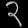
Digit: ၃